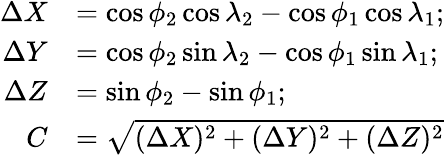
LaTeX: {\begin{array}{rl}{\Delta{X}}&{=\cos\phi_{2}\cos\lambda_{2}-\cos\phi_{1}\cos\lambda_{1};}\\ {\Delta{Y}}&{=\cos\phi_{2}\sin\lambda_{2}-\cos\phi_{1}\sin\lambda_{1};}\\ {\Delta{Z}}&{=\sin\phi_{2}-\sin\phi_{1};}\\ {C}&{={\sqrt{(\Delta{X})^{2}+(\Delta{Y})^{2}+(\Delta{Z})^{2}}}}\end{array}}